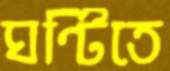
ঘণ্টিতে